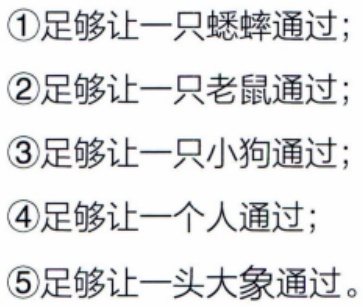
\textcircled{1}足够让一只蟋蟀通过；
\textcircled{2}足够让一只老鼠通过；
\textcircled{3}足够让一只小狗通过；
\textcircled{4}足够让一个人通过；
\textcircled{5}足够让一头大象通过。